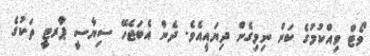
ވޯޓް ވިއްކުމުގެ ކަން ނިމިގެން ދިޔައީއެވެ. ދެން އެބަޖެހޭ ސިޔާސީ ޕާރޓީ ތަކުގެ